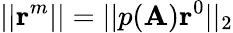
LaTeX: ||\textrm{\textbf{r}}^{m}||=||p(\textrm{\textbf{A}})\textrm{\textbf{r}}^{0}||_{2}